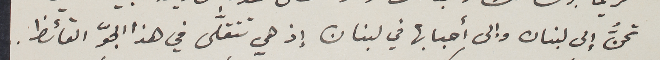
تحنُّ إلى لبنان وإلى أحبابها في لبنان إذ هي تتقلَّى في هذا الجوّ القائظ